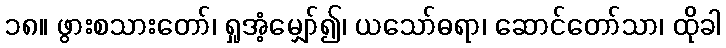
၁၈။ ဖွားစသားတော်၊ ရှုအံ့မျှော်၍၊ ယသော်ဓရာ၊ ဆောင်တော်သာ၊ ထိုခါ